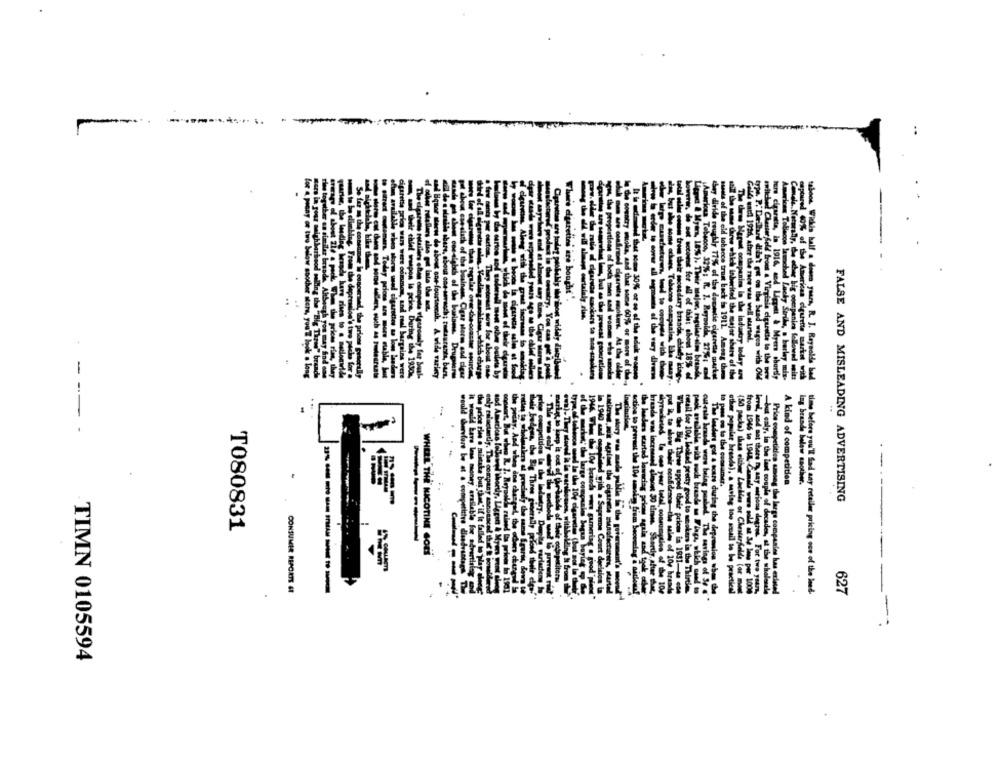
..
ftes are bought"
will sleep curtalaly rias.
----
A kind of competition
buy brand below noother.
to pass on to the comlamer.
but caly, in the last couple of
FALSE AND MISLEADING ADVERTISING
T080831
-----
WHEEL THE NICOTINE GOES
(50 packa) thas either Lechien or Chesterfeed
& the whalenel
CONSUMER REPORTS EI
e lauders got a scare during the depremios when the
other popular brenda), a moving too scoall to be practical
from 1946 te 1948 Camale wurs sold at 34 lens per 1000
level, and sat there n, any aurions depres. For two y84/1,
Price competition among the large companies has erleted
time before you'll Sad any retailer pricing one of the land.
627
-
TIMN 0105594